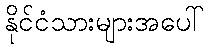
နိုင်ငံသားများအပေါ်